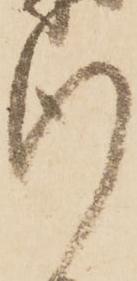
行